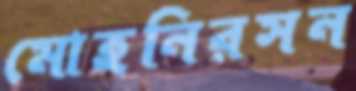
মোহনিরসন